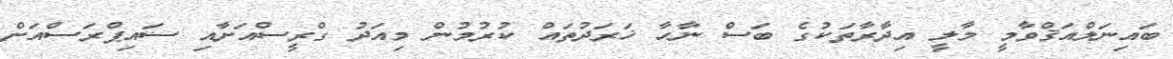
ބައިނަލްއަޤްވާމީ މާލީ އިދާރާތަކުގެ ބަސް ނާހާ ޚަރަދުތައް ކުރުމުން މިއަދު ގްރީސްއަށާއި ސައިޕްރަސްއަށް